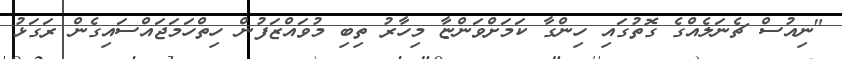
"ނިއުސް ޗެނަލެއްގެ ގޮތުގައި ހިންގާ ކަމަށްވަންޏާ މިހާރު ތިބި މުވައްޒަފުން ހިތްހަމަޖައްސައިގެން ރަގަޅު